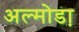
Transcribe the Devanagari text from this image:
अल्मोडा़